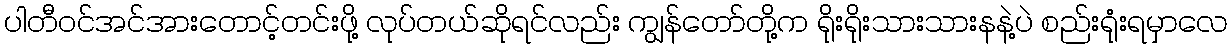
ပါတီဝင်အင်အားတောင့်တင်းဖို့ လုပ်တယ်ဆိုရင်လည်း ကျွန်တော်တို့က ရိုးရိုးသားသားနနဲ့ပဲ စည်းရုံးရမှာလေ